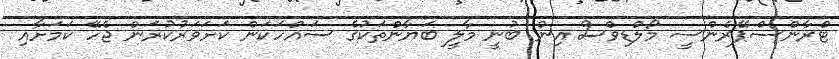
ޓްރާންސްޕޭރެންސީ މޯލްޑިވްސް އިން ބުނީ މާލީ ބަޔާންތަކުގެ ސައްހަކަން ކަށަވަރުކުރަން ޖެހޭ ކަމަށާއި